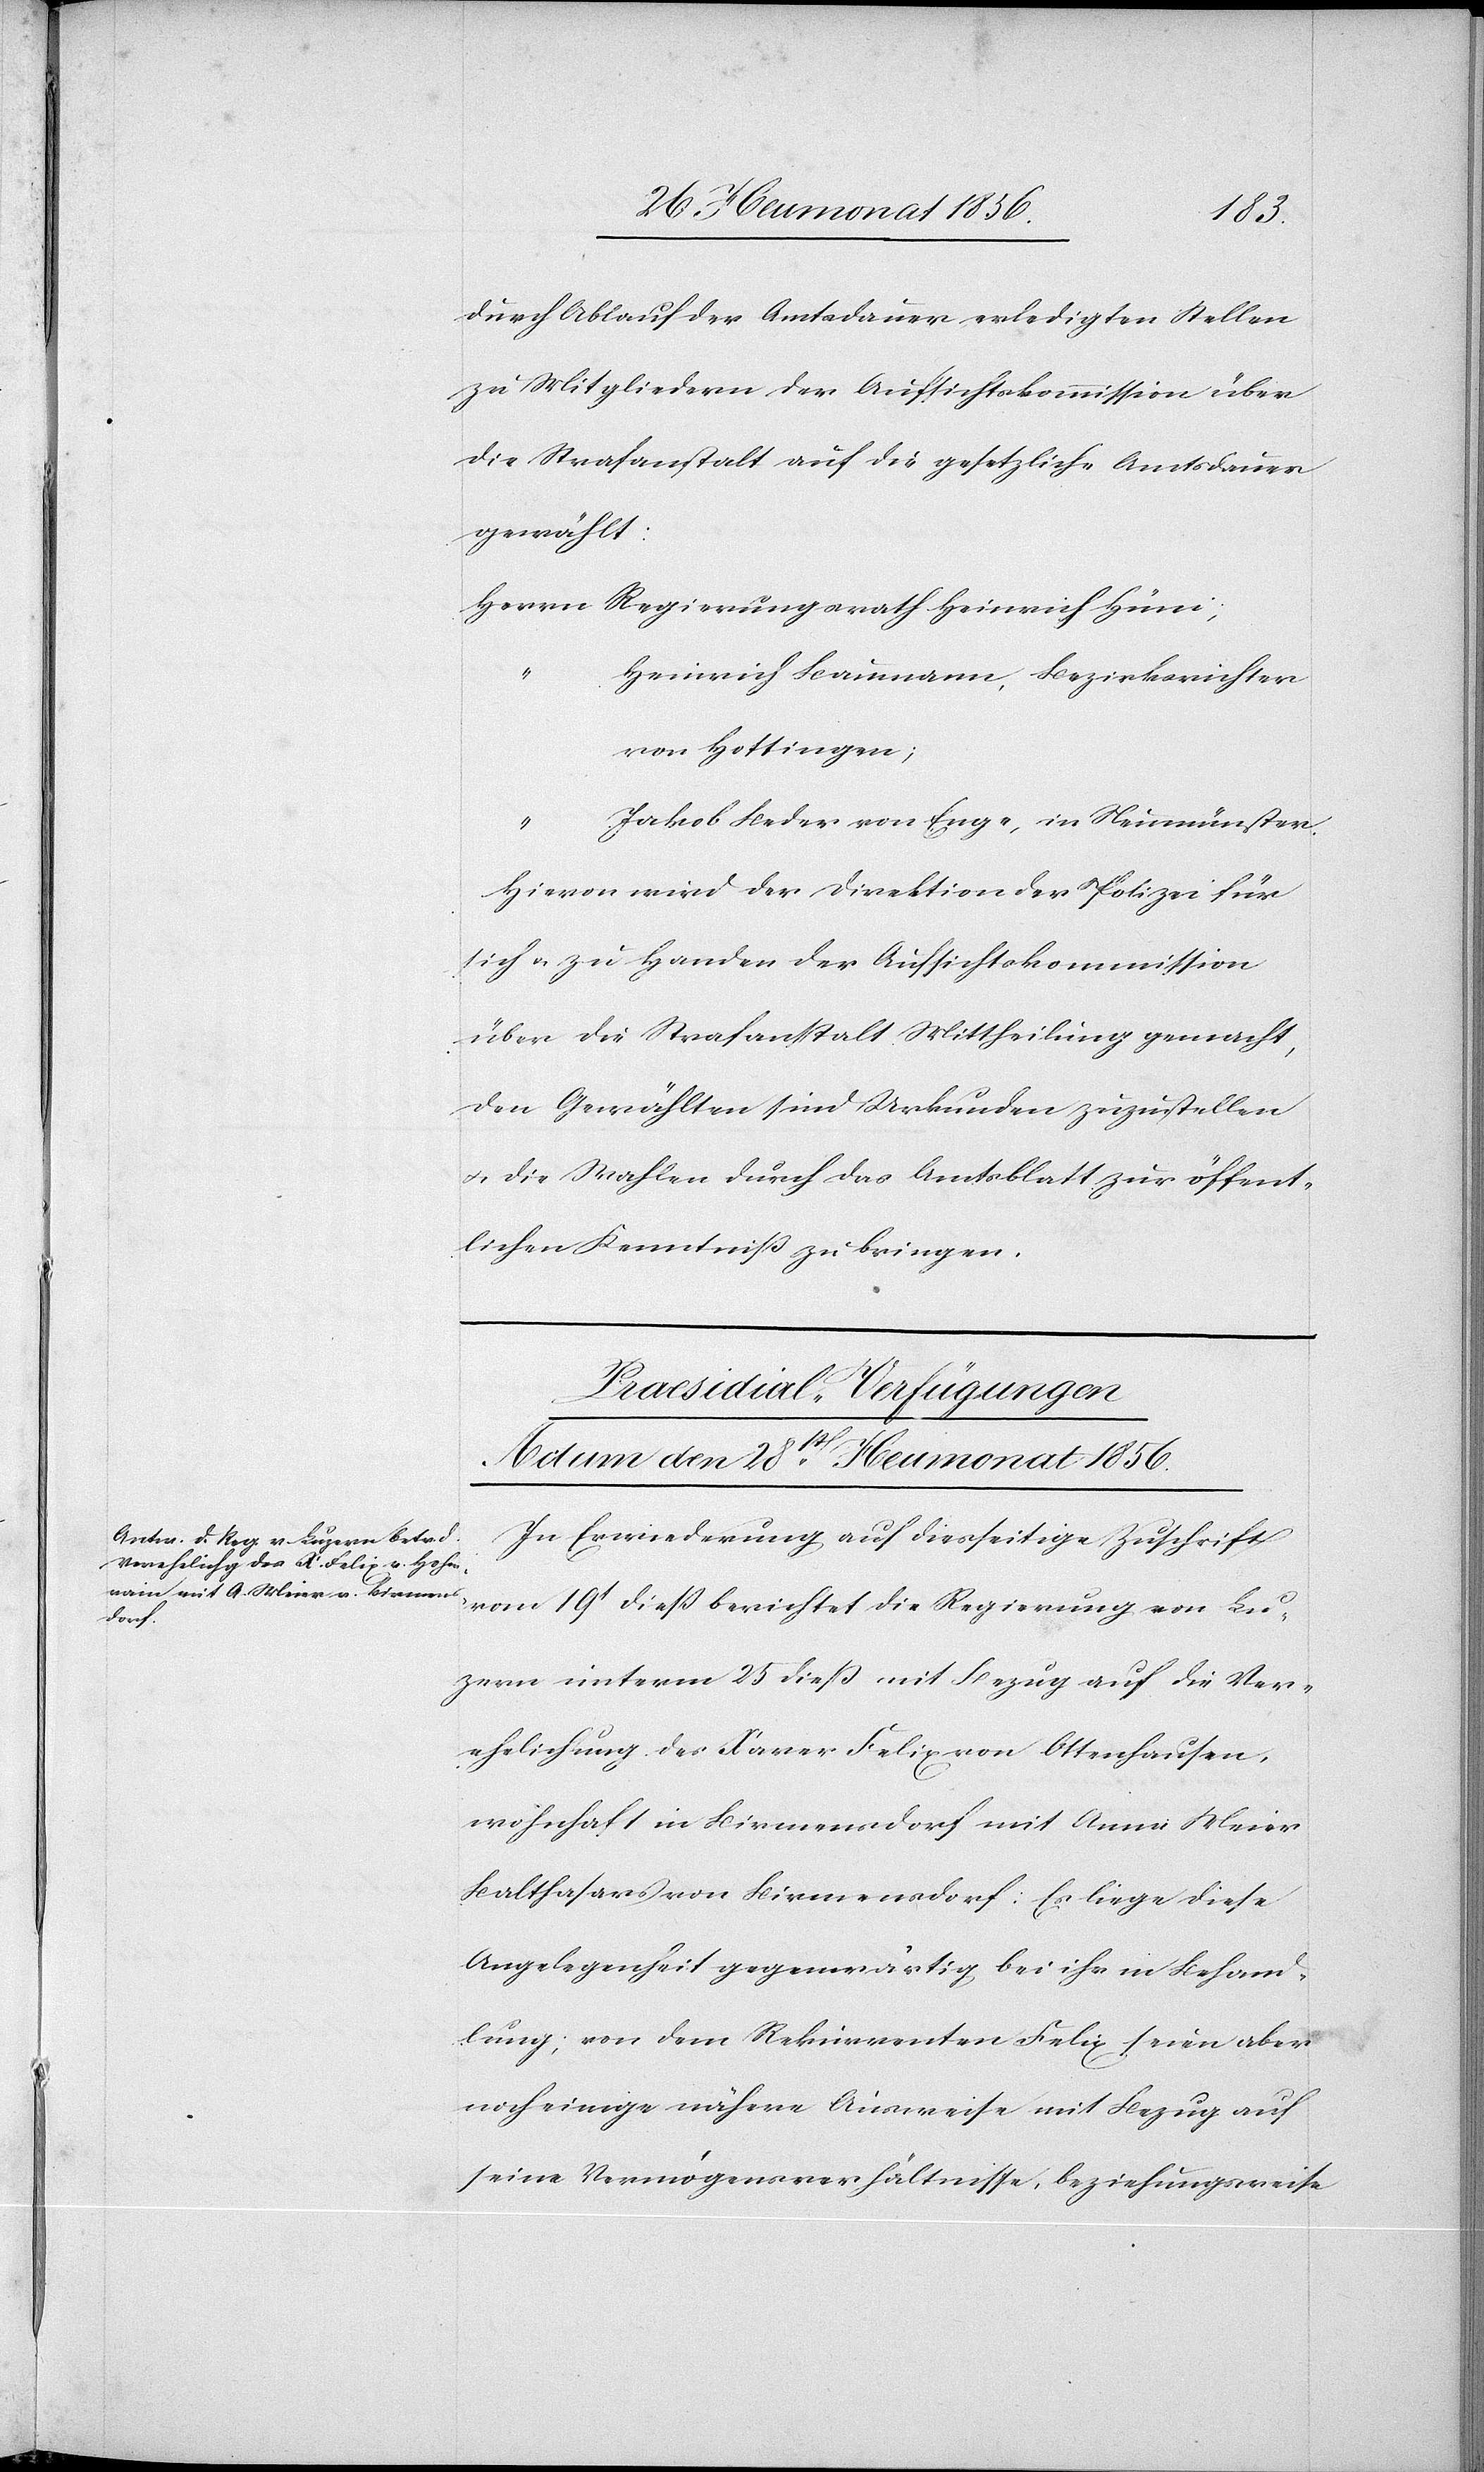
durch Ablauf der Amtsdauer erledigten Stellen
zu Mitgliedern der Aufsichtskommission über
die Strafanstalt auf die gesetzliche Amtsdauer
gewählt:
Herrn Regierungsrath Heinrich Hüni;
Heinrich Baumann, Bezirksrichter
von Hottingen;
Jakob Beder von Enge, in Neumünster.
Hievon wird der Direktion der Polizei für
sich u. zu Handen der Aufsichtskommission
über die Strafanstalt Mittheilung gemacht,
den Gewählten sind Urkunden zuzustellen
u. die Wahlen durch das Amtsblatt zur öffent¬
lichen Kenntniß zu bringen.
Praesidial-Verfügungen
Actum den 28st Heumonat 1856.
In Erwiederung auf diesseitige Zuschrift
vom 19t diess berichtet die Regierung von Lu¬
zern unterm 25 diess mit Bezug auf die Ver¬
ehelichung des Xaver Felix von Ottenhausen,
wohnhaft in Birmensdorf mit Anna Meier
Balthasars von Birmensdorf: Es liege diese
Angelegenheit gegenwärtig bei ihr in Behand¬
lung; von dem Rekurrenten Felix seien aber
noch einige nähere Ausweise mit Bezug auf
seine Vermögensverhältnisse, beziehungsweise